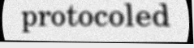
protocoled